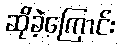
ဆိုခဲ့ကြောင်း